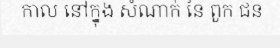
កាល នៅក្នុង សំណាក់ នៃ ពួក ជន